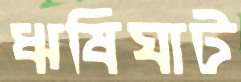
ঋষিঘাট